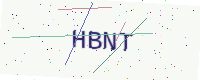
Text: HBNT